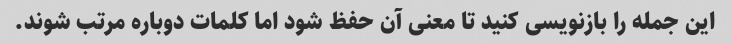
این جمله را بازنویسی کنید تا معنی آن حفظ شود اما کلمات دوباره مرتب شوند.